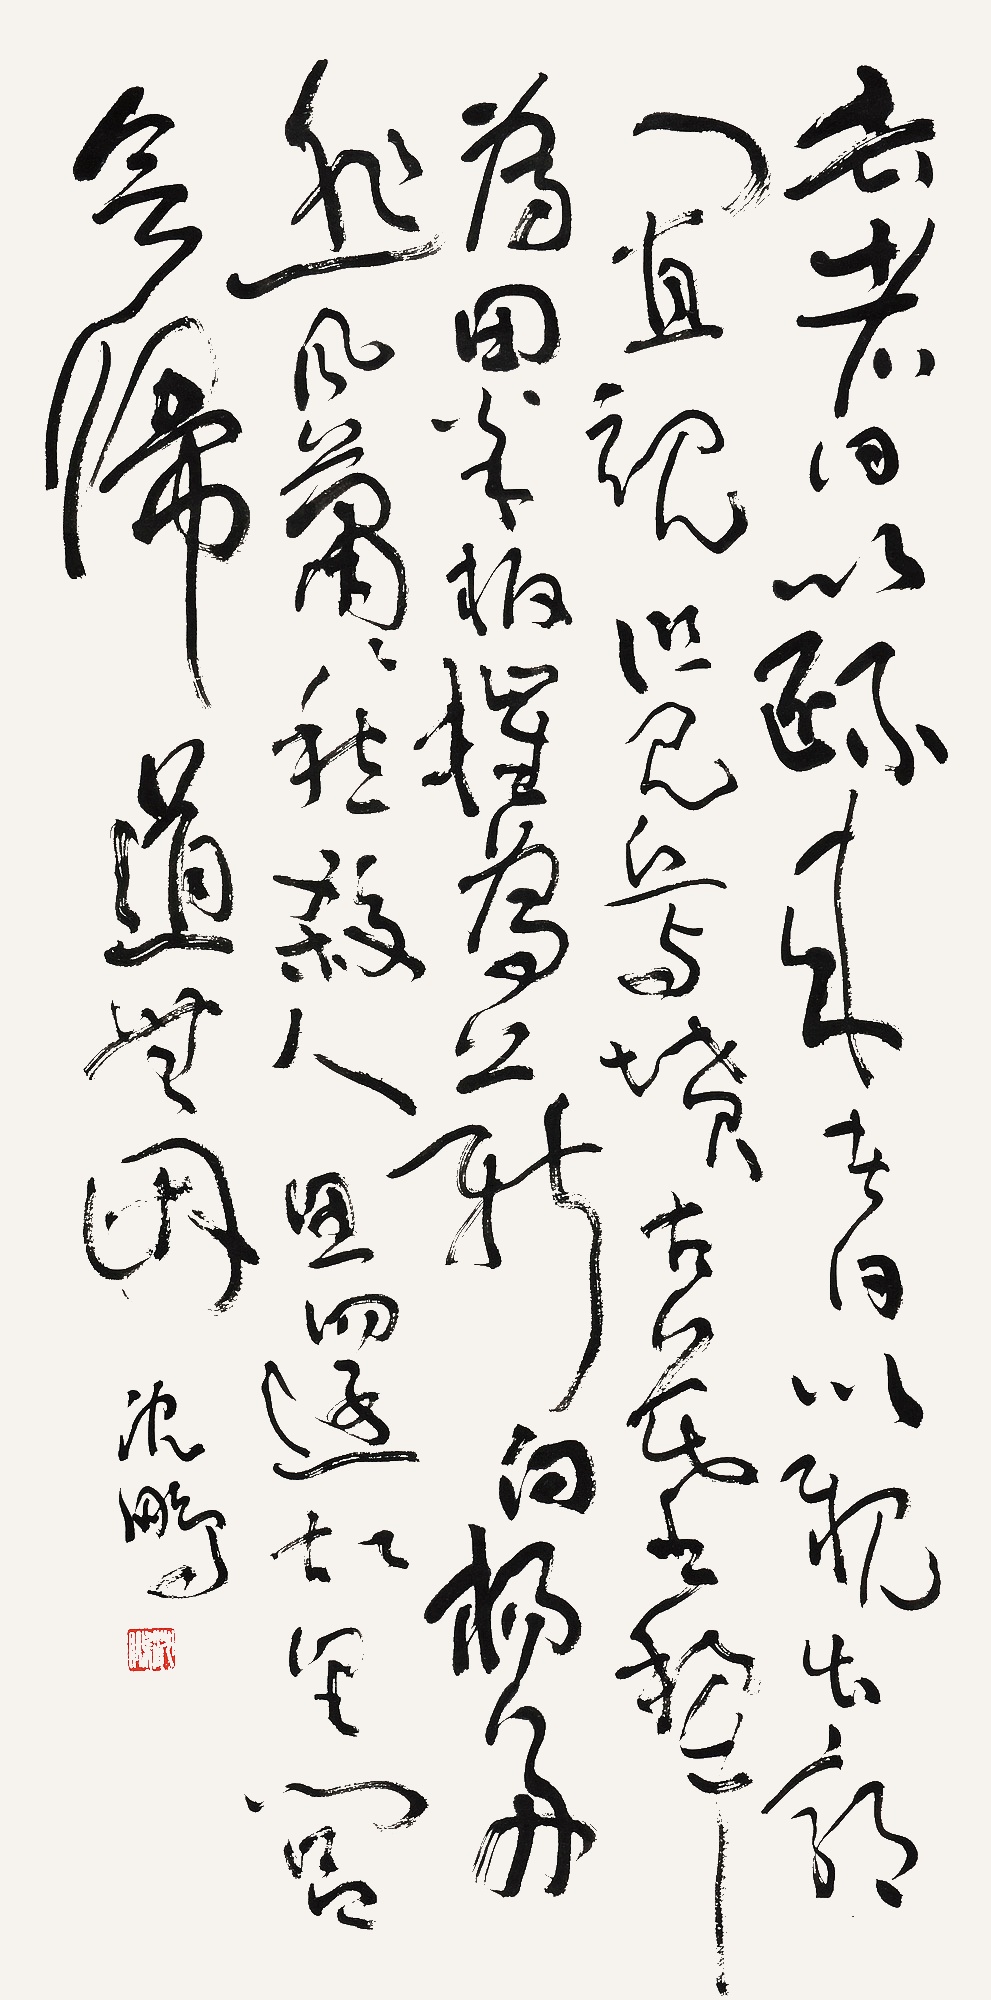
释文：去者日以疏，来者日以亲。出郭门直视，但见丘与坟。古墓犁为田，松柏摧为薪。白扬多悲风，萧萧愁杀人。思还故里闾，欲归道无因。沈鹏。